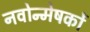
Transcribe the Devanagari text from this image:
नवोन्मेषकों